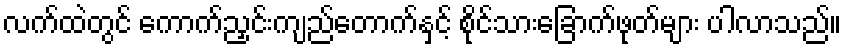
လက်ထဲတွင် ကောက်ညှင်းကျည်တောက်နှင့် စိုင်သားခြောက်ဖုတ်များ ပါလာသည်။